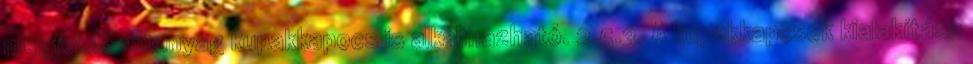
megfelelõ mûanyag kupakkapocs is alkalmazható. 2.5.3. A kupakkapcsok kialakítása